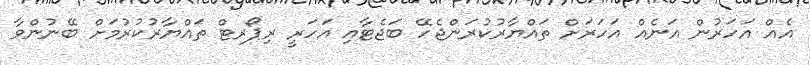
އެއް އަހަރުން އަނެއް އަހަރަށް ތައްޔާރުކުރަންޖެހޭ ބަޖެޓާއި އަހަރީ ރިޕޯރޓް ތައްޔާރުކުރުމަށް ބޭނުންވާ